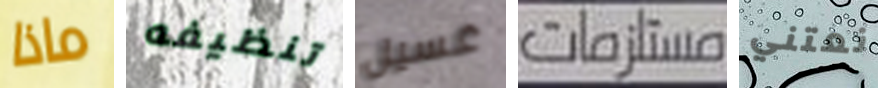
ماذا تنظيفه غسيل مستلزمات نعتني